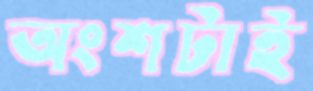
অংশটাই